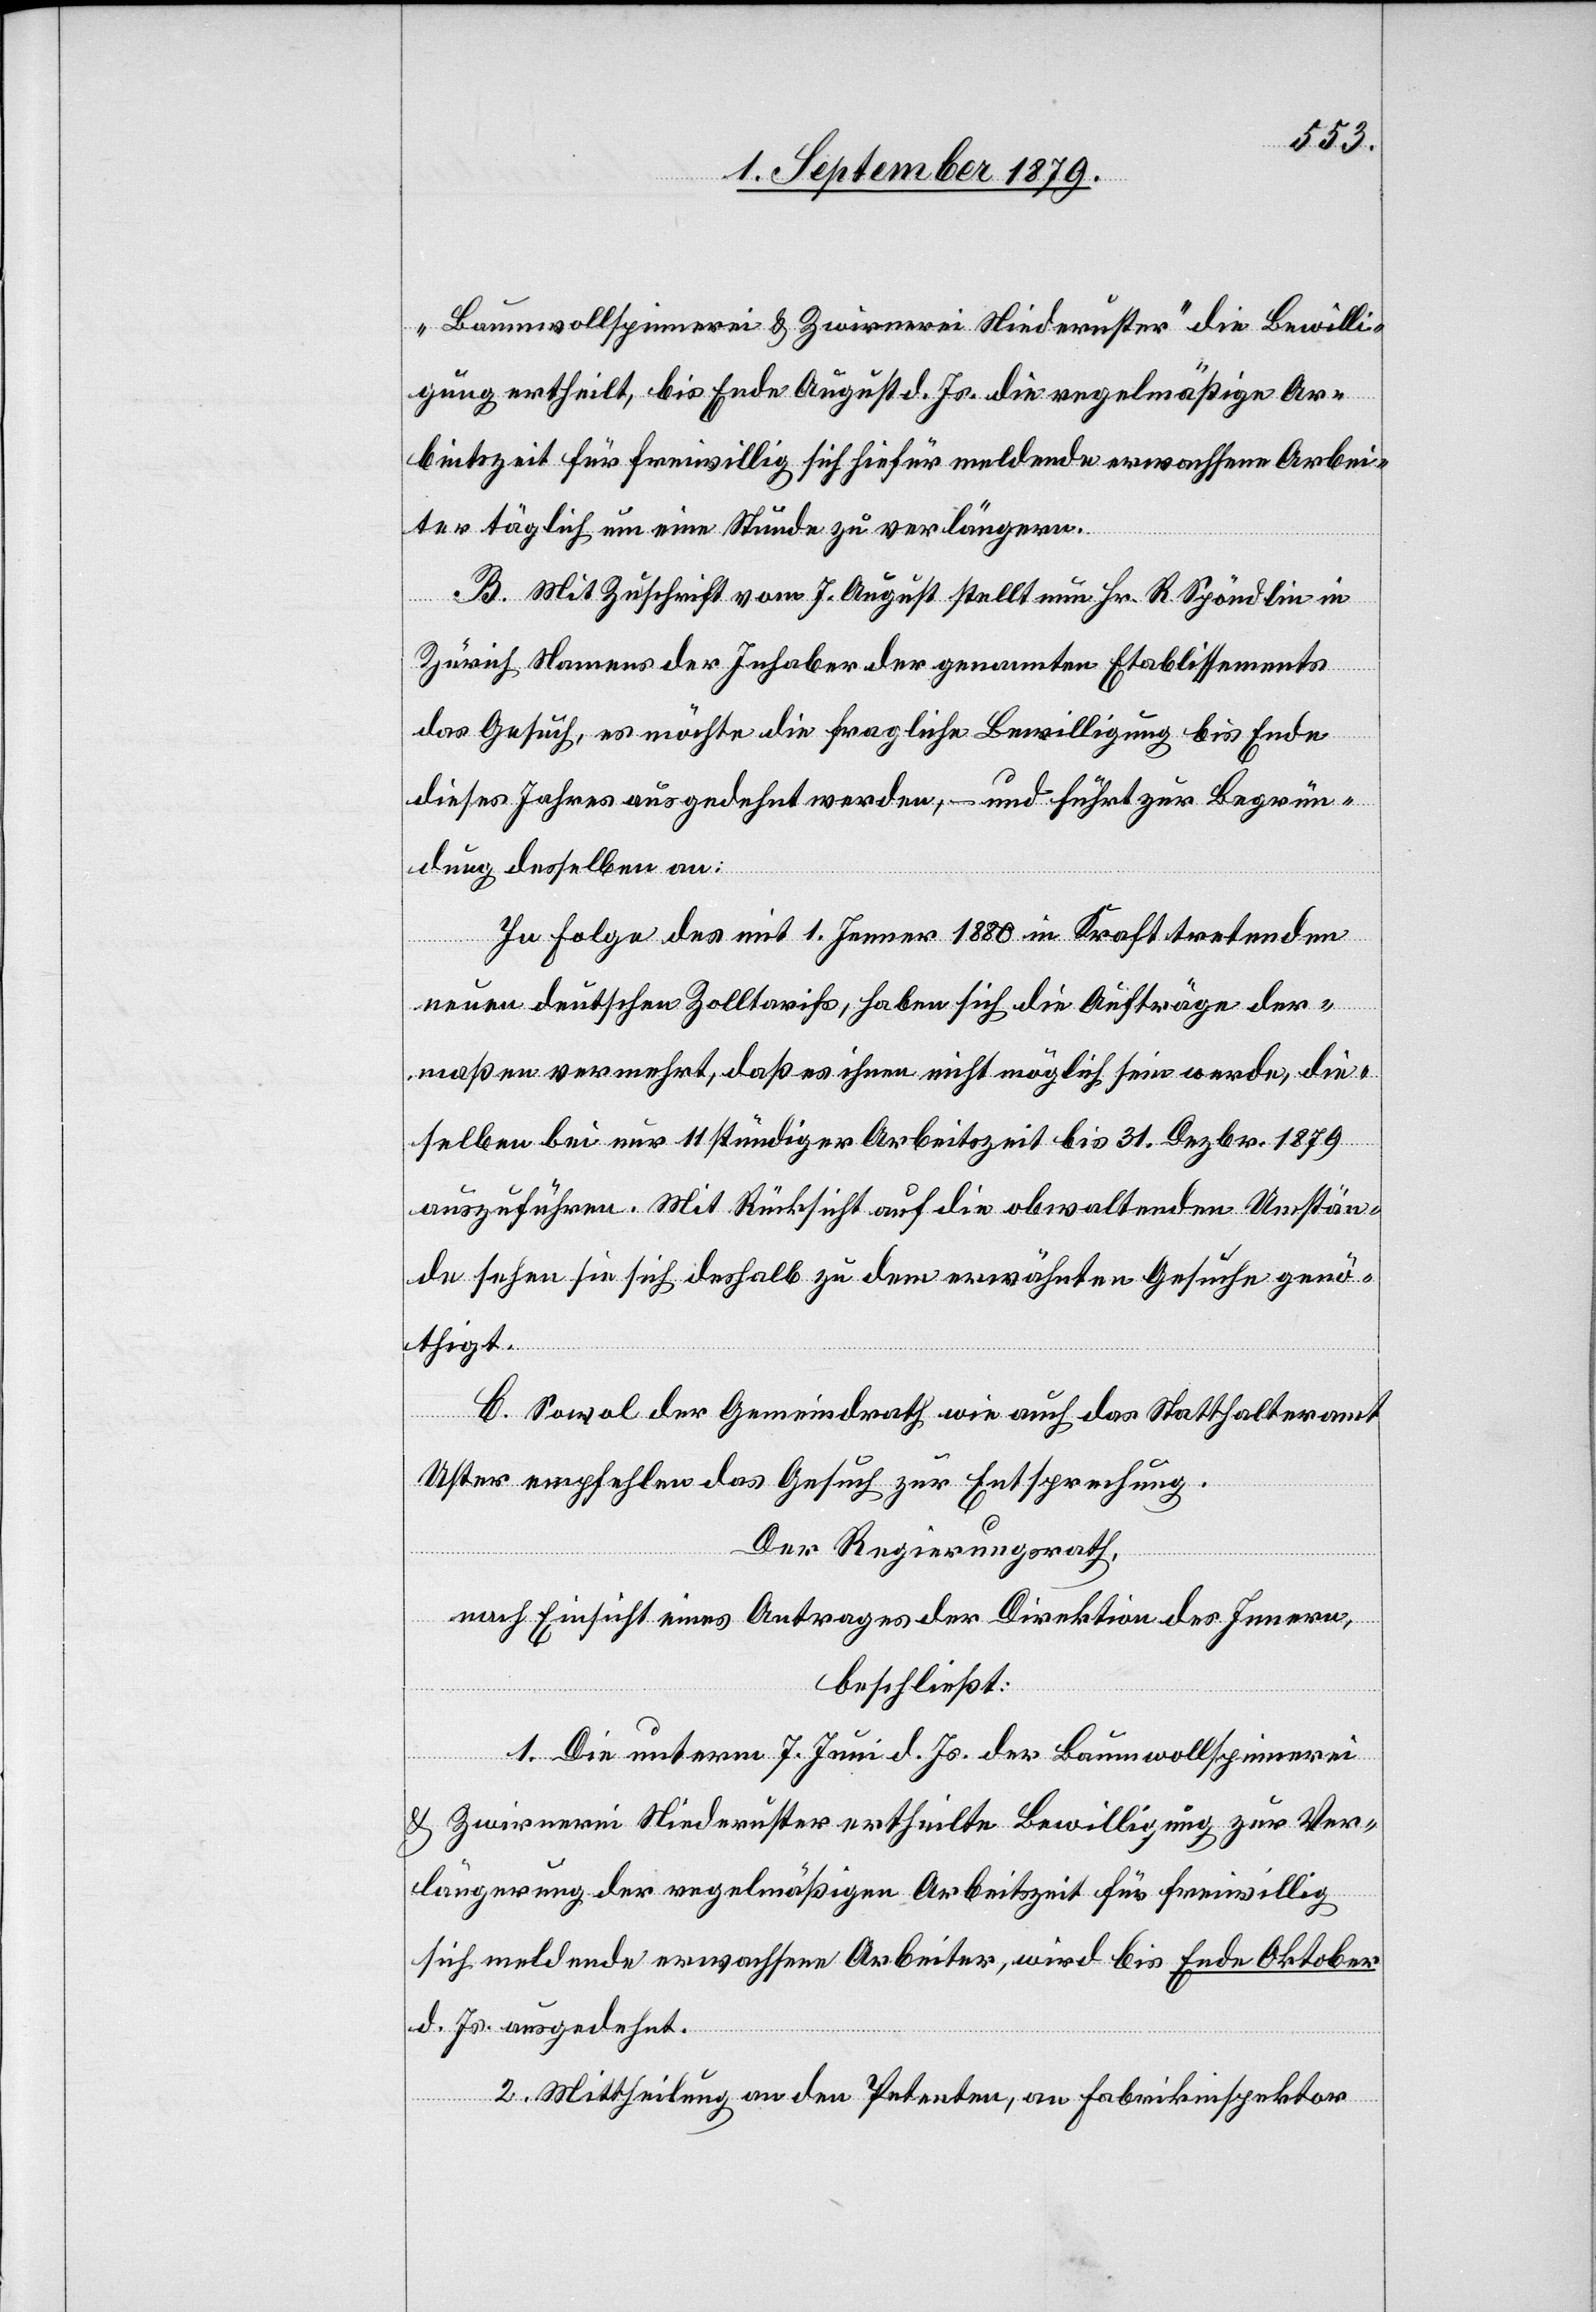
„Baumwollspinnerei & Zwirnerei Niederuster“ die Bewilli¬
gung ertheilt, bis Ende August d. Js. die regelmäßige Ar¬
beitszeit für freiwillig sich hiefür meldende erwachsene Arbei¬
ter täglich um eine Stunde zu verlängern.
B. Mit Zuschrift vom 7. August stellt nun Hr. R. Spöndlin in
Zürich Namens der Inhaber der genannten Etablissements
das Gesuch, es möchte die fragliche Bewilligung bis Ende
dieses Jahres ausgedehnt werden, – und führt zur Begrün¬
dung desselben an:
In Folge des mit 1. Jenner 1880 in Kraft tretenden
neuen deutschen Zolltarifs, haben sich die Aufträge der¬
maßen vermehrt, daß es ihnen nicht möglich sein werde, die¬
selben bei nur 11 stündiger Arbeitszeit bis 31. Dezbr. 1879
auszuführen. Mit Rücksicht auf die obwaltenden Umstän¬
de sehen sie sich deshalb zu dem erwähnten Gesuche genö¬
thigt.
C. Sowol der Gemeindrath wie auch das Statthalteramt
Uster empfehlen das Gesuch zur Entsprechung.
Der Regierungsrath,
nach Einsicht eines Antrages der Direktion des Innern,
beschließt:
1. Die unterm 7. Juni d. Js. der Baumwollspinnerei
& Zwirnerei Niederuster ertheilte Bewilligung zur Ver¬
längerung der regelmäßigen Arbeitszeit für freiwillig
sich meldende erwachsene Arbeiter, wird bis Ende Oktober
d. Js. ausgedehnt.
2. Mittheilung an den Petenten, an Fabrikinspektor